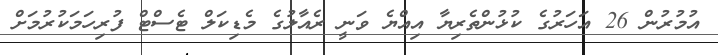
އުމުރުން 26 އަހަރުގެ ކުޅުންތެރިޔާ އިއްޔެ ވަނީ ރެއާލުގެ މެޑިކަލް ޓެސްޓް ފުރިހަމަކުރުމަށް